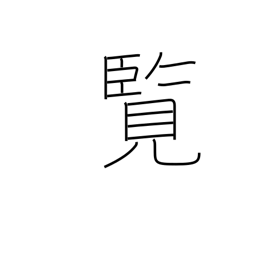
Meaning: perusal